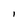
Character: l